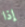
إذا